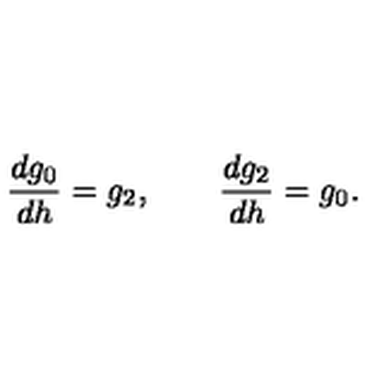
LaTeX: \frac { d g _ { 0 } } { d h } = g _ { 2 } , \qquad \frac { d g _ { 2 } } { d h } = g _ { 0 } .